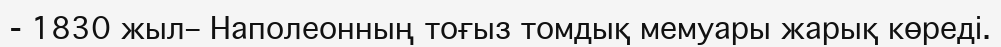
- 1830 жыл– Наполеонның тоғыз томдық мемуары жарық көреді.